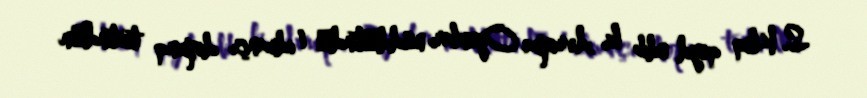
S. Kleq qeyd edib ki, Avropa Oyunları müddәtindә 1 idmançı dopinq testindәn